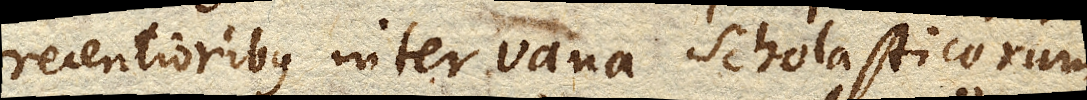
recentioribus inter vana Scholasticorum